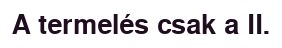
A termelés csak a II.